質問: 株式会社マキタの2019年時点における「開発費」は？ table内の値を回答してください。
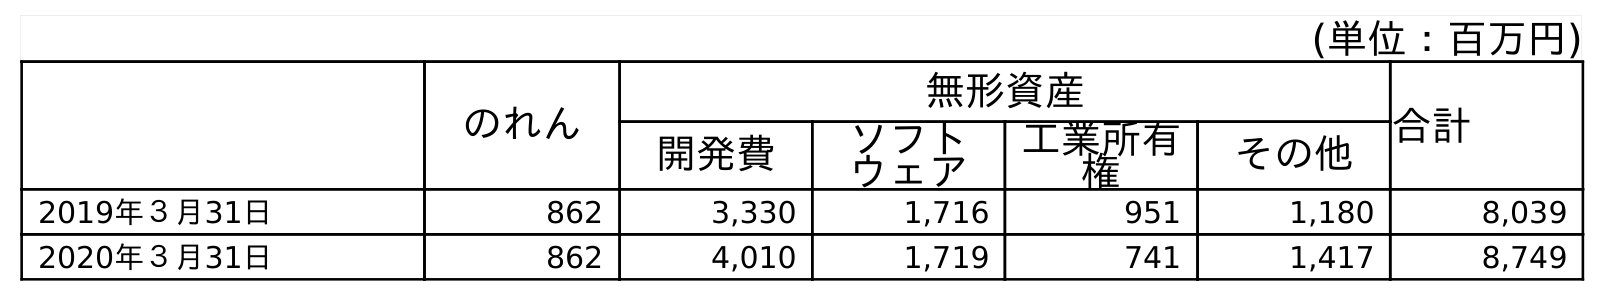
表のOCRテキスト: (単位：百万円) のれん 無形資産 合計 開発費 ソフト ウェア 工業所有 権 その他 2019年３月31日 862 3,330 1,716 951 1,180 8,039 2020年３月31日 862 4,010 1,719 741 1,417 8,749
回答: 3,330